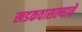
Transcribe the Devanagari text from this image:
खडकवासल्याचे